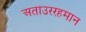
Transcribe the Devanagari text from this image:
अताउररहमान